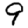
Digit: 9